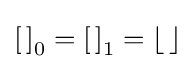
\left[\,\right]_{0}=\left[\,\right]_{1}=\left\lfloor \,\right\rfloor